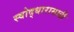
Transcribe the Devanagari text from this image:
स्वोद्धारासाठी